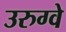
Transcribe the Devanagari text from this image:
उरुग्‍वे